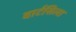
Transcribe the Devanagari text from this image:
वार्टसिला